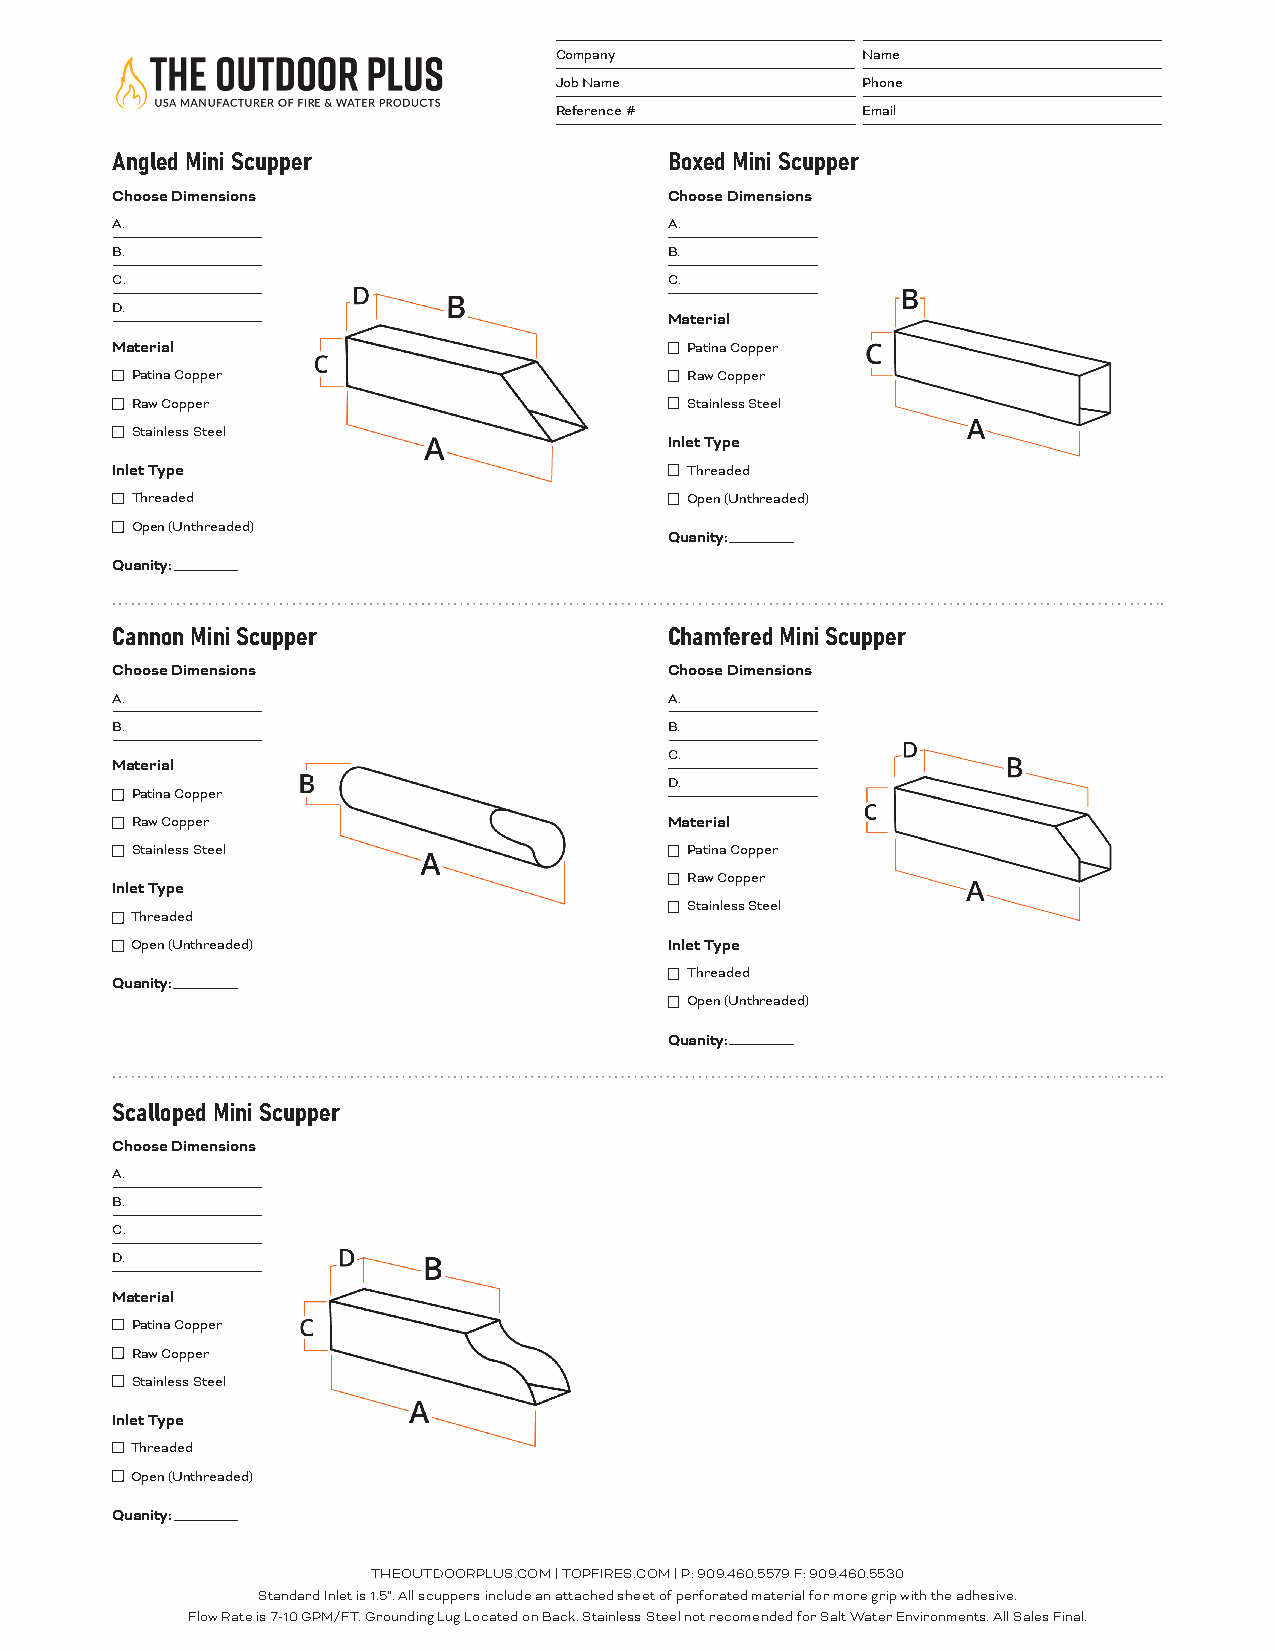
Company             Name
 Job Name            Phone
 Reference #         Email
 Angled Mini Scupper                  Boxed Mini Scupper
 Choose Dimensions                    Choose Dimensions
 A.                                   A.
 B.                                   B.
 C.                                   C.
 D.
 Material
 Material                               Patina Copper
 Patina Copper                        Raw Copper
 Raw Copper                           Stainless Steel
 Stainless Steel
 Inlet Type
 Inlet Type                             Threaded
 Threaded                             Open (Unthreaded)
 Open (Unthreaded)
 Quanity :
 Quanity :
 Cannon Mini Scupper                  Chamfered Mini Scupper
 Choose Dimensions                    Choose Dimensions
 A.                                   A.
 B.                                   B.
 C.
 Material
 D.
 Patina Copper
 Raw Copper                         Material
 Stainless Steel                      Patina Copper
 Raw Copper
 Inlet Type
 Stainless Steel
 Threaded
 Open (Unthreaded)                  Inlet Type
 Threaded
 Quanity :
 Open (Unthreaded)
 Quanity :
 Scalloped Mini Scupper
 Choose Dimensions
 A.
 B.
 C.
 D.
 Material
 Patina Copper
 Raw Copper
 Stainless Steel
 Inlet Type
 Threaded
 Open (Unthreaded)
 Quanity :
 THEOUTDOORPLUS.COM | TOPFIRES.COM | P: 909.460.5579 F: 909.460.5530
 Standard Inlet is 1.5”. All scuppers include an attached sheet of perforated material for more grip with the adhesive.
 Flow Rate is 7-10 GPM/FT. Grounding Lug Located on Back. Stainless Steel not recomended for Salt Water Environments. All Sales Final.